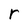
Character: r